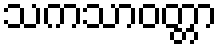
သကသာဝတ္တာ